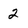
Character: 2